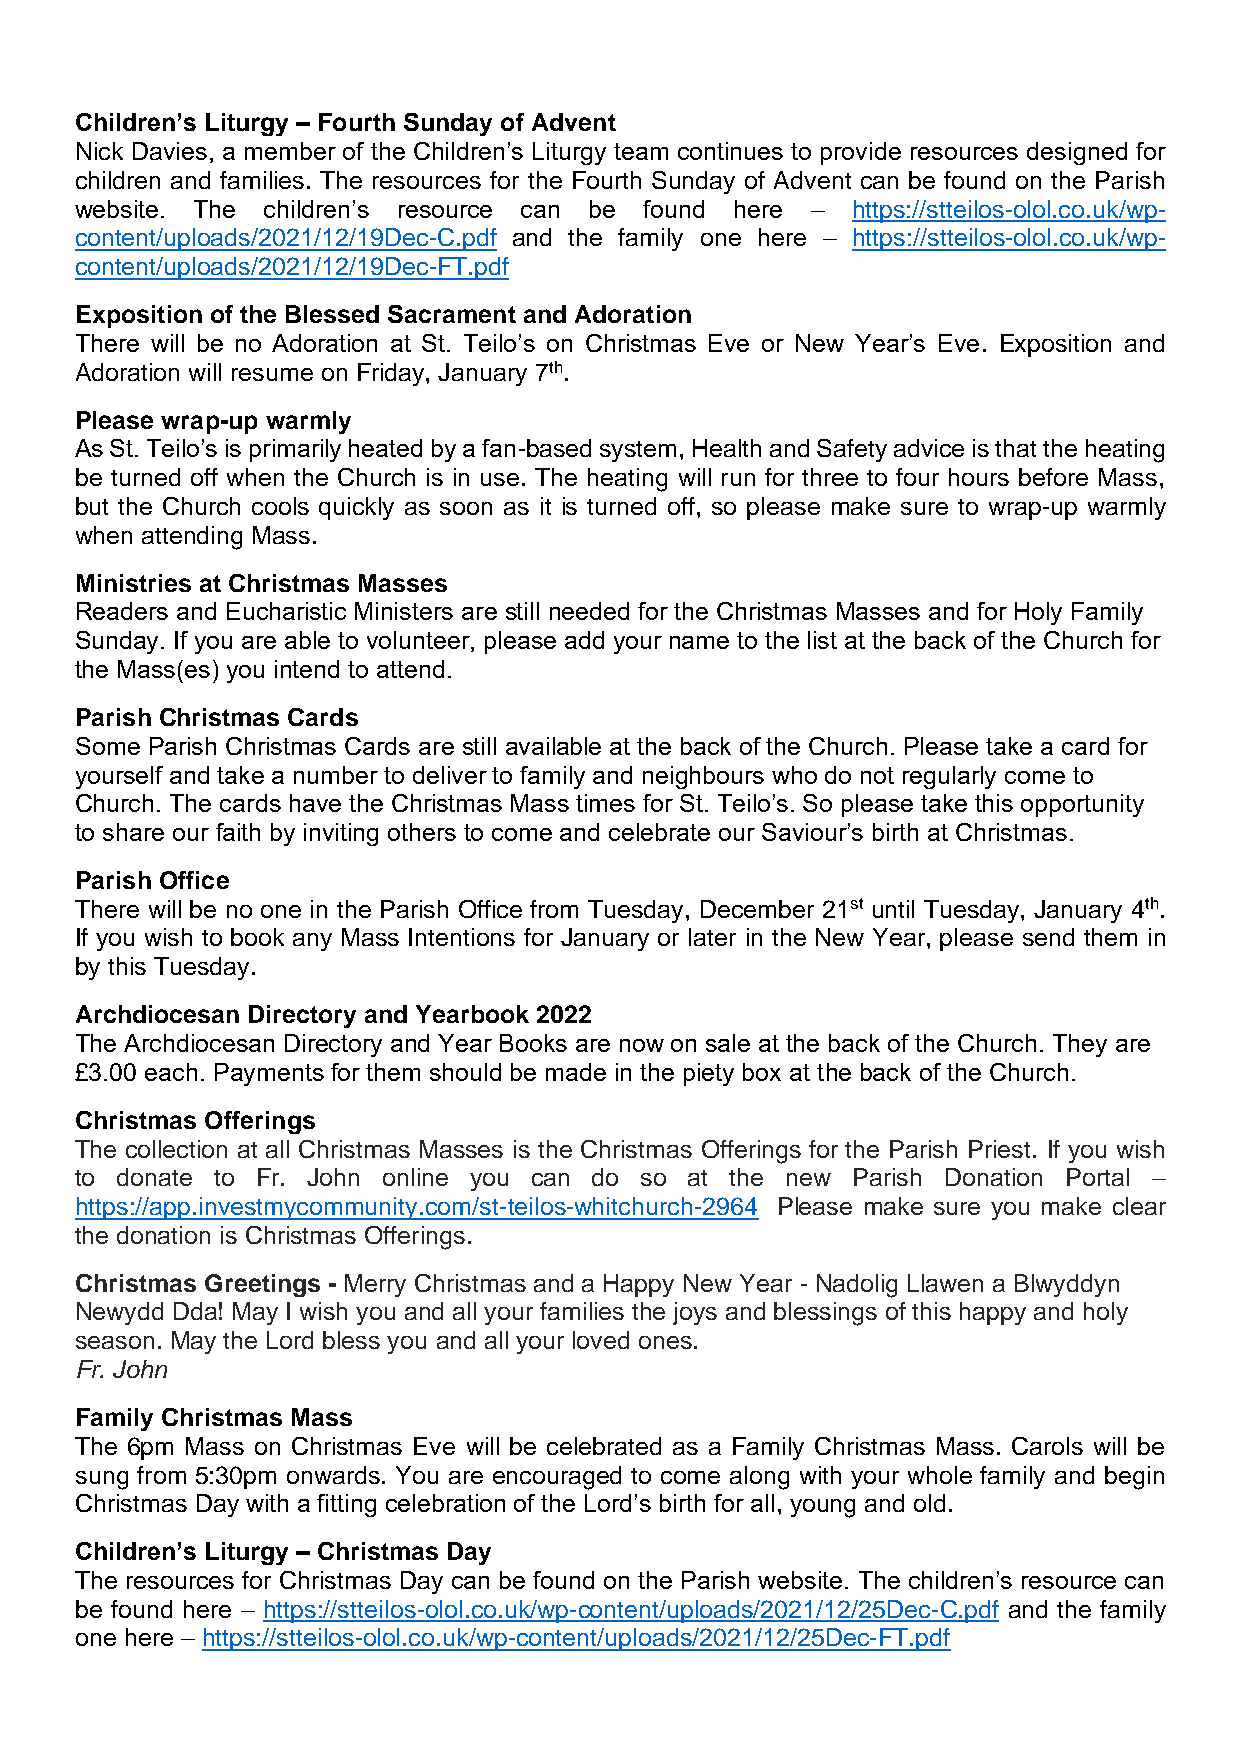
Children’s Liturgy – Fourth Sunday of Advent
 Nick Davies, a member of the Children’s Liturgy team continues to provide resources designed for
 children and families. The resources for the Fourth Sunday of Advent can be found on the Parish
 website. The children’s resource can be found here – https://stteilos-olol.co.uk/wp-
 content/uploads/2021/12/19Dec-C.pdf and the family one here – https://stteilos-olol.co.uk/wp-
 content/uploads/2021/12/19Dec-FT.pdf
 Exposition of the Blessed Sacrament and Adoration
 There will be no Adoration at St. Teilo’s on Christmas Eve or New Year’s Eve. Exposition and
 Adoration will resume on Friday, January 7th.
 Please wrap-up warmly
 As St. Teilo’s is primarily heated by a fan-based system, Health and Safety advice is that the heating
 be turned off when the Church is in use. The heating will run for three to four hours before Mass,
 but the Church cools quickly as soon as it is turned off, so please make sure to wrap-up warmly
 when attending Mass.
 Ministries at Christmas Masses
 Readers and Eucharistic Ministers are still needed for the Christmas Masses and for Holy Family
 Sunday. If you are able to volunteer, please add your name to the list at the back of the Church for
 the Mass(es) you intend to attend.
 Parish Christmas Cards
 Some Parish Christmas Cards are still available at the back of the Church. Please take a card for
 yourself and take a number to deliver to family and neighbours who do not regularly come to
 Church. The cards have the Christmas Mass times for St. Teilo’s. So please take this opportunity
 to share our faith by inviting others to come and celebrate our Saviour’s birth at Christmas.
 Parish Office
 There will be no one in the Parish Office from Tuesday, December 21st until Tuesday, January 4th.
 If you wish to book any Mass Intentions for January or later in the New Year, please send them in
 by this Tuesday.
 Archdiocesan Directory and Yearbook 2022
 The Archdiocesan Directory and Year Books are now on sale at the back of the Church. They are
 £3.00 each. Payments for them should be made in the piety box at the back of the Church.
 Christmas Offerings
 The collection at all Christmas Masses is the Christmas Offerings for the Parish Priest. If you wish
 to donate to Fr. John online you can do so at the new Parish Donation Portal –
 https://app.investmycommunity.com/st-teilos-whitchurch-2964 Please make sure you make clear
 the donation is Christmas Offerings.
 Christmas Greetings - Merry Christmas and a Happy New Year - Nadolig Llawen a Blwyddyn
 Newydd Dda! May I wish you and all your families the joys and blessings of this happy and holy
 season. May the Lord bless you and all your loved ones.
 Fr. John
 Family Christmas Mass
 The 6pm Mass on Christmas Eve will be celebrated as a Family Christmas Mass. Carols will be
 sung from 5:30pm onwards. You are encouraged to come along with your whole family and begin
 Christmas Day with a fitting celebration of the Lord’s birth for all, young and old.
 Children’s Liturgy – Christmas Day
 The resources for Christmas Day can be found on the Parish website. The children’s resource can
 be found here – https://stteilos-olol.co.uk/wp-content/uploads/2021/12/25Dec-C.pdf and the family
 one here – https://stteilos-olol.co.uk/wp-content/uploads/2021/12/25Dec-FT.pdf